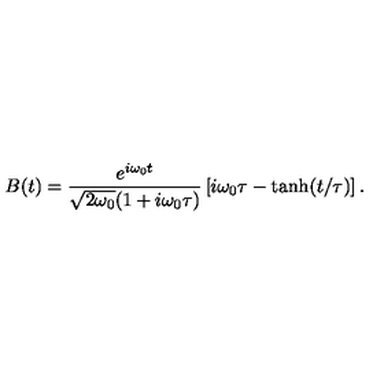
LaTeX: B ( t ) = \frac { { e } ^ { i \omega _ { 0 } t } } { \sqrt { 2 \omega _ { 0 } } ( 1 + i \omega _ { 0 } \tau ) } \left[ i \omega _ { 0 } \tau - \tanh ( t / \tau ) \right] .